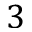
3